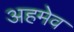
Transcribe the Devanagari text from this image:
अहमेव